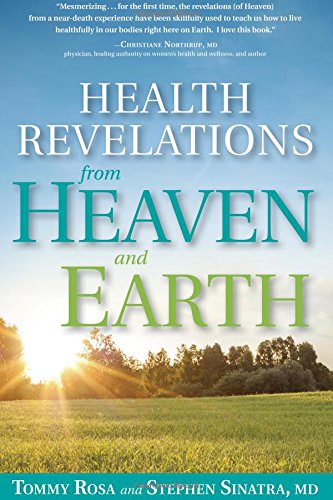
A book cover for Health Revelations from Heaven and Earth; Tommy Rosa; Self-Help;